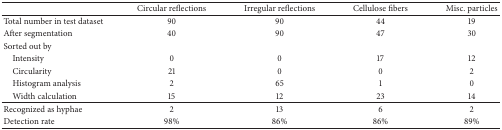
<table><thead><tr><td><b> </b></td><td><b>Circular reflections</b></td><td><b>Irregular reflections</b></td><td><b>Cellulose fibers</b></td><td><b>Misc. particles</b></td></tr></thead><tbody><tr><td>Total number in test dataset</td><td>90</td><td>90</td><td>44</td><td>19</td></tr><tr><td>After segmentation</td><td>40</td><td>90</td><td>47</td><td>30</td></tr><tr><td>Sorted out by</td><td> </td><td> </td><td> </td><td> </td></tr><tr><td> Intensity</td><td>0</td><td>0</td><td>17</td><td>12</td></tr><tr><td> Circularity</td><td>21</td><td>0</td><td>0</td><td>2</td></tr><tr><td> Histogram analysis</td><td>2</td><td>65</td><td>1</td><td>0</td></tr><tr><td> Width calculation</td><td>15</td><td>12</td><td>23</td><td>14</td></tr><tr><td>Recognized as hyphae</td><td>2</td><td>13</td><td>6</td><td>2</td></tr><tr><td>Detection rate</td><td>98%</td><td>86%</td><td>86%</td><td>89%</td></tr></tbody></table>